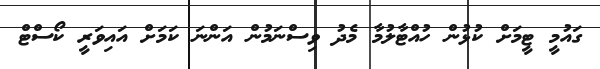
ގައުމީ ޓީމަށް ކުޅުން ހުއްޓާލުމާ މެދު ވިސްނަމުން އަންނަ ކަމަށް އައިވަރީ ކޯސްޓް